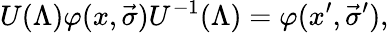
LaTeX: U(\Lambda)\varphi(x,\vec{\sigma})U^{-1}(\Lambda)=\varphi(x^{\prime},\vec{\sigma}^{\prime}),